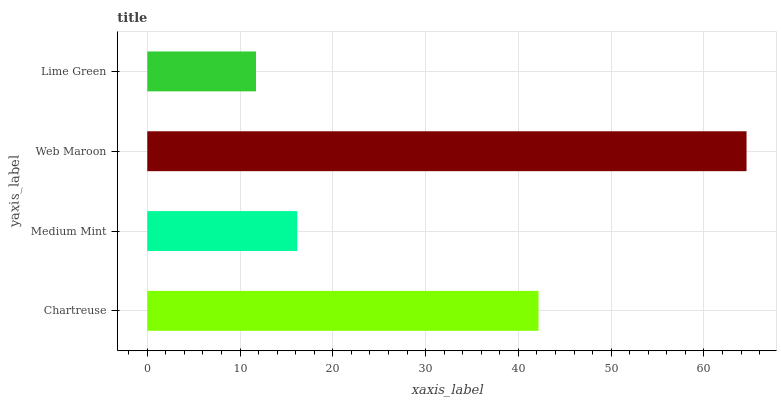
| yaxis_label | bars |
 | --- | --- |
 | Chartreuse | 42.2 |
 | Medium Mint | 16.2 |
 | Web Maroon | 64.6 |
 | Lime Green | 11.7 |